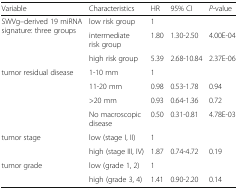
| Variable | Characteristics | HR | 95% CI | P-value |
 | --- | --- | --- | --- | --- |
 | <ROWSPAN=3> SWVg–derived 19 miRNA signature: three groups | low risk group | 1 |  |  |
 | intermediate risk group | 1.80 | 1.30-2.50 | 4.00E-04 |
 | high risk group | 5.39 | 2.68-10.84 | 2.37E-06 |
 | <ROWSPAN=4> tumor residual disease | 1-10 mm | 1 |  |  |
 | 11-20 mm | 0.98 | 0.53-1.78 | 0.94 |
 | >20 mm | 0.93 | 0.64-1.36 | 0.72 |
 | No macroscopic disease | 0.50 | 0.31-0.81 | 4.78E-03 |
 | <ROWSPAN=2> tumor stage | low (stage I, II) | 1 |  |  |
 | high (stage III, IV) | 1.87 | 0.74-4.72 | 0.19 |
 | <ROWSPAN=2> tumor grade | low (grade 1, 2) | 1 |  |  |
 | high (grade 3, 4) | 1.41 | 0.90-2.20 | 0.14 |